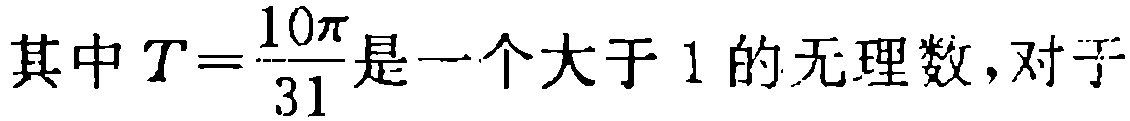
其中 \(T = \frac{10\pi}{31}\) 是一个大于 \(1\) 的无理数，对于